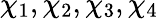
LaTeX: \chi_{1},\chi_{2},\chi_{3},\chi_{4}